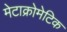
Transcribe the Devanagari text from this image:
मेटाक्रोमेटिक